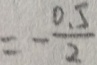
= - \frac { 0 . 5 } { 2 }